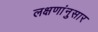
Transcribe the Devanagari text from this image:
लक्षणांनुसार